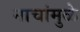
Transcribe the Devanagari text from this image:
नाचांमुळे